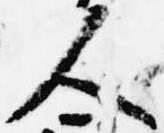
人